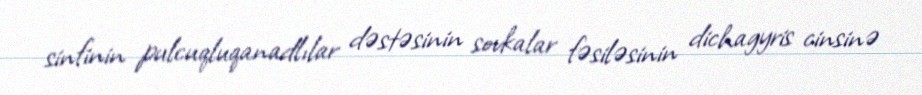
sinfinin pulcuqluqanadlılar dəstəsinin sovkalar fəsiləsinin dichagyris cinsinə